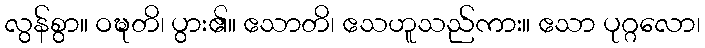
လွန်စွာ။ ဝဍ္ဎတိ၊ ပွား၏။ ဧသာတိ၊ ဧသဟူသည်ကား။ ဧသာ ပုဂ္ဂလော၊